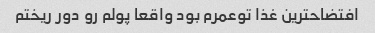
افتضاحترین غذا توعمرم بود واقعا پولم رو دور ریختم